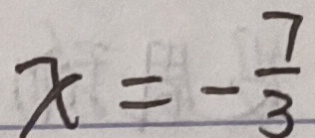
x = - \frac { 7 } { 3 }